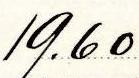
19.60